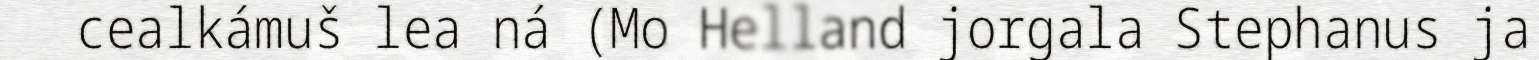
cealkámuš lea ná (Mo Helland jorgala Stephanus ja